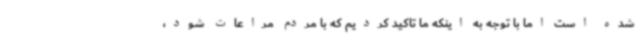
شده است اما با توجه به اینکه ما تاکید کردیم که با مردم مراعات شود،